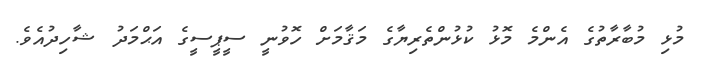
މުޅި މުބާރާތުގެ އެންމެ މޮޅު ކުޅުންތެރިޔާގެ މަޤާމަށް ހޮވުނީ ސީޕީސީގެ އަޙްމަދު ޝާހިދުއެވެ.